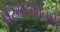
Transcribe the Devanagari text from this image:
परयटकांनाही